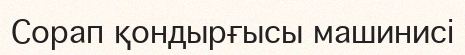
Сорап қондырғысы машинисі